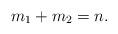
LaTeX: \begin{align*} m_1+m_2=n.\end{align*}